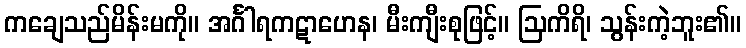
ကချေသည်မိန်းမကို။ အင်္ဂါရကဋာဟေန၊ မီးကျီးစုဖြင့်။ ဩကိရိ၊ သွန်းကဲ့ဘူး၏။